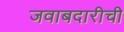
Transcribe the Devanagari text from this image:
जवाबदारीची